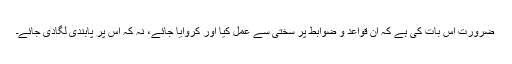
ضرورت اس بات کی ہے کہ ان قواعد و ضوابط پر سختی سے عمل کیا اور کروایا جائے، نہ کہ اس پر پابندی لگادی جائے۔